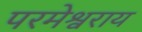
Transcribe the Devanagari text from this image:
परमेश्वराय